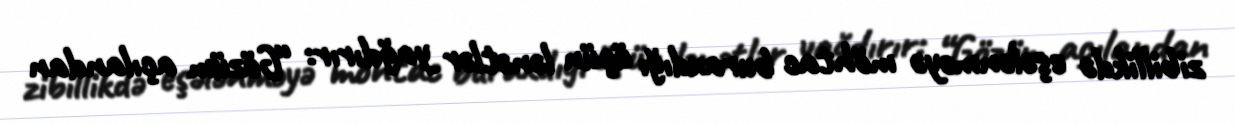
zibillikdə eşələnməyə möhtac buraxdığı üçün lənətlər yağdırır: “Gözüm açılandan